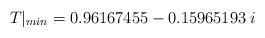
LaTeX: \begin{align*}T|_{min}=0.96167455-0.15965193\;i\end{align*}